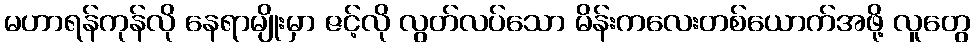
မဟာရန်ကုန်လို နေရာမျိုးမှာ ဇင့်လို လွတ်လပ်သော မိန်းကလေးတစ်ယောက်အဖို့ လူတွေ